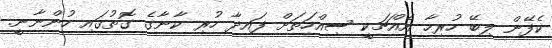
ކެފޭން ލިބޭ ހުރިހާ އެއްޗަކީ ސިއްހަތަށް ފައިދާ ހުރި ކާނާގެ ގޮތުގައި ހުންނާނީ.